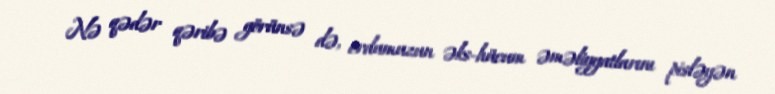
Nə qədər qəribə görünsə də, ordumuzun əks-hücum əməliyyatlarını pisləyən